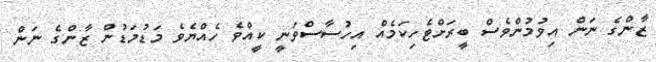
ޒާންގެ ނަން އިވުމުންވެސް ބީރަށްޓެހިކަމެއް އިހުސާސްވަނީ ކީއްވެ ހެއްޔެވެ މަޑުމަޑުން ޒާންގެ ނަން